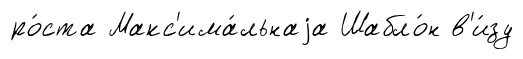
ро́ста Макс'има́льнаjа Шабло́н в'и́зу